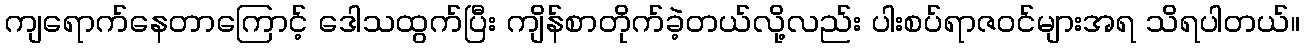
ကျရောက်နေတာကြောင့် ဒေါသထွက်ပြီး ကျိန်စာတိုက်ခဲ့တယ်လို့လည်း ပါးစပ်ရာဇဝင်များအရ သိရပါတယ်။